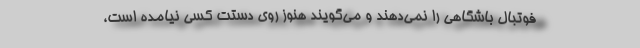
فوتبال باشگاهی را نمی‌دهند و می‌گویند هنوز روی دستت کسی نیامده است،